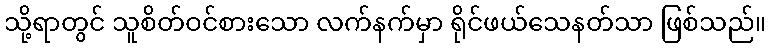
သို့ရာတွင် သူစိတ်ဝင်စားသော လက်နက်မှာ ရိုင်ဖယ်သေနတ်သာ ဖြစ်သည်။